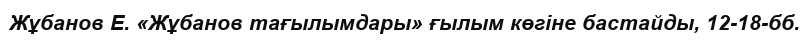
Жұбанов Е. «Жұбанов тағылымдары» ғылым көгіне бастайды, 12-18-бб.